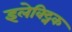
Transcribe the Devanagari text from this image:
इलेक्ट्निक